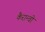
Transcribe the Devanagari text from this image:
कैरान्वी